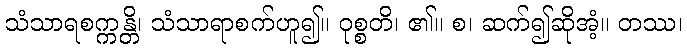
သံသာရစက္ကန္တိ၊ သံသာရာစက်ဟူ၍။ ဝုစ္စတိ၊ ၏။ စ၊ ဆက်၍ဆိုအံ့။ တဿ၊